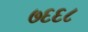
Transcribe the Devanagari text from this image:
७६६८